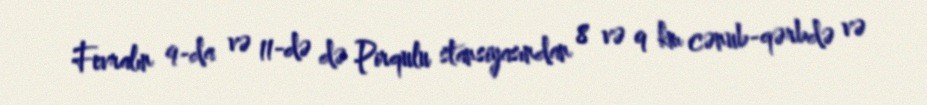
Fevralın 9-da və 11-də də Pirqulu stansiyasından 8 və 9 km cənub-qərbdə və